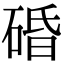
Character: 碈